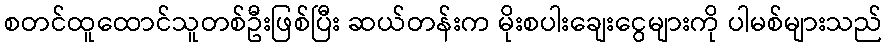
စတင်ထူထောင်သူတစ်ဦးဖြစ်ပြီး ဆယ်တန်းက မိုးစပါးချေးငွေများကို ပါမစ်များသည်